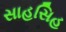
સાહસિહ